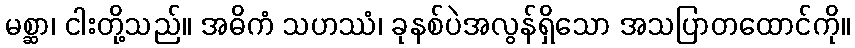
မစ္ဆာ၊ ငါးတို့သည်။ အဓိကံ သဟဿံ၊ ခုနစ်ပဲအလွန်ရှိသော အသပြာတထောင်ကို။